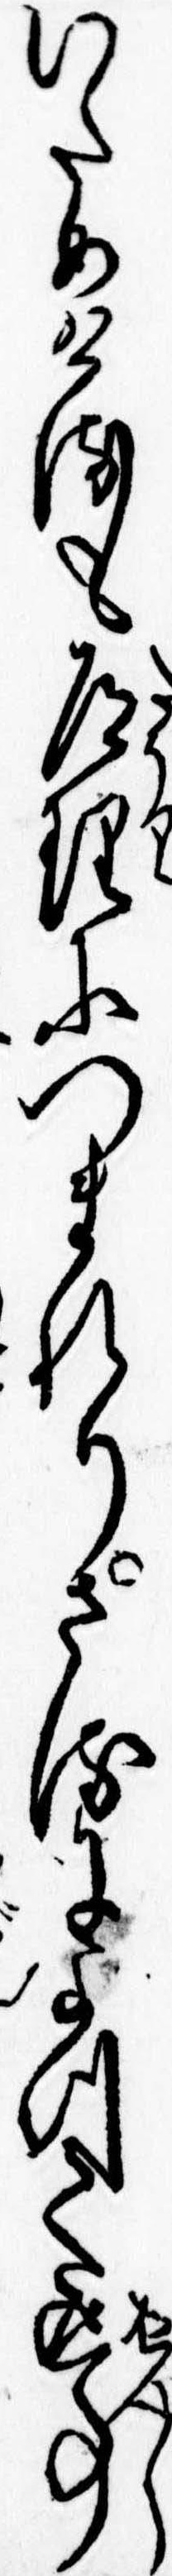
いためけるも道理につまれりさるによつて返事